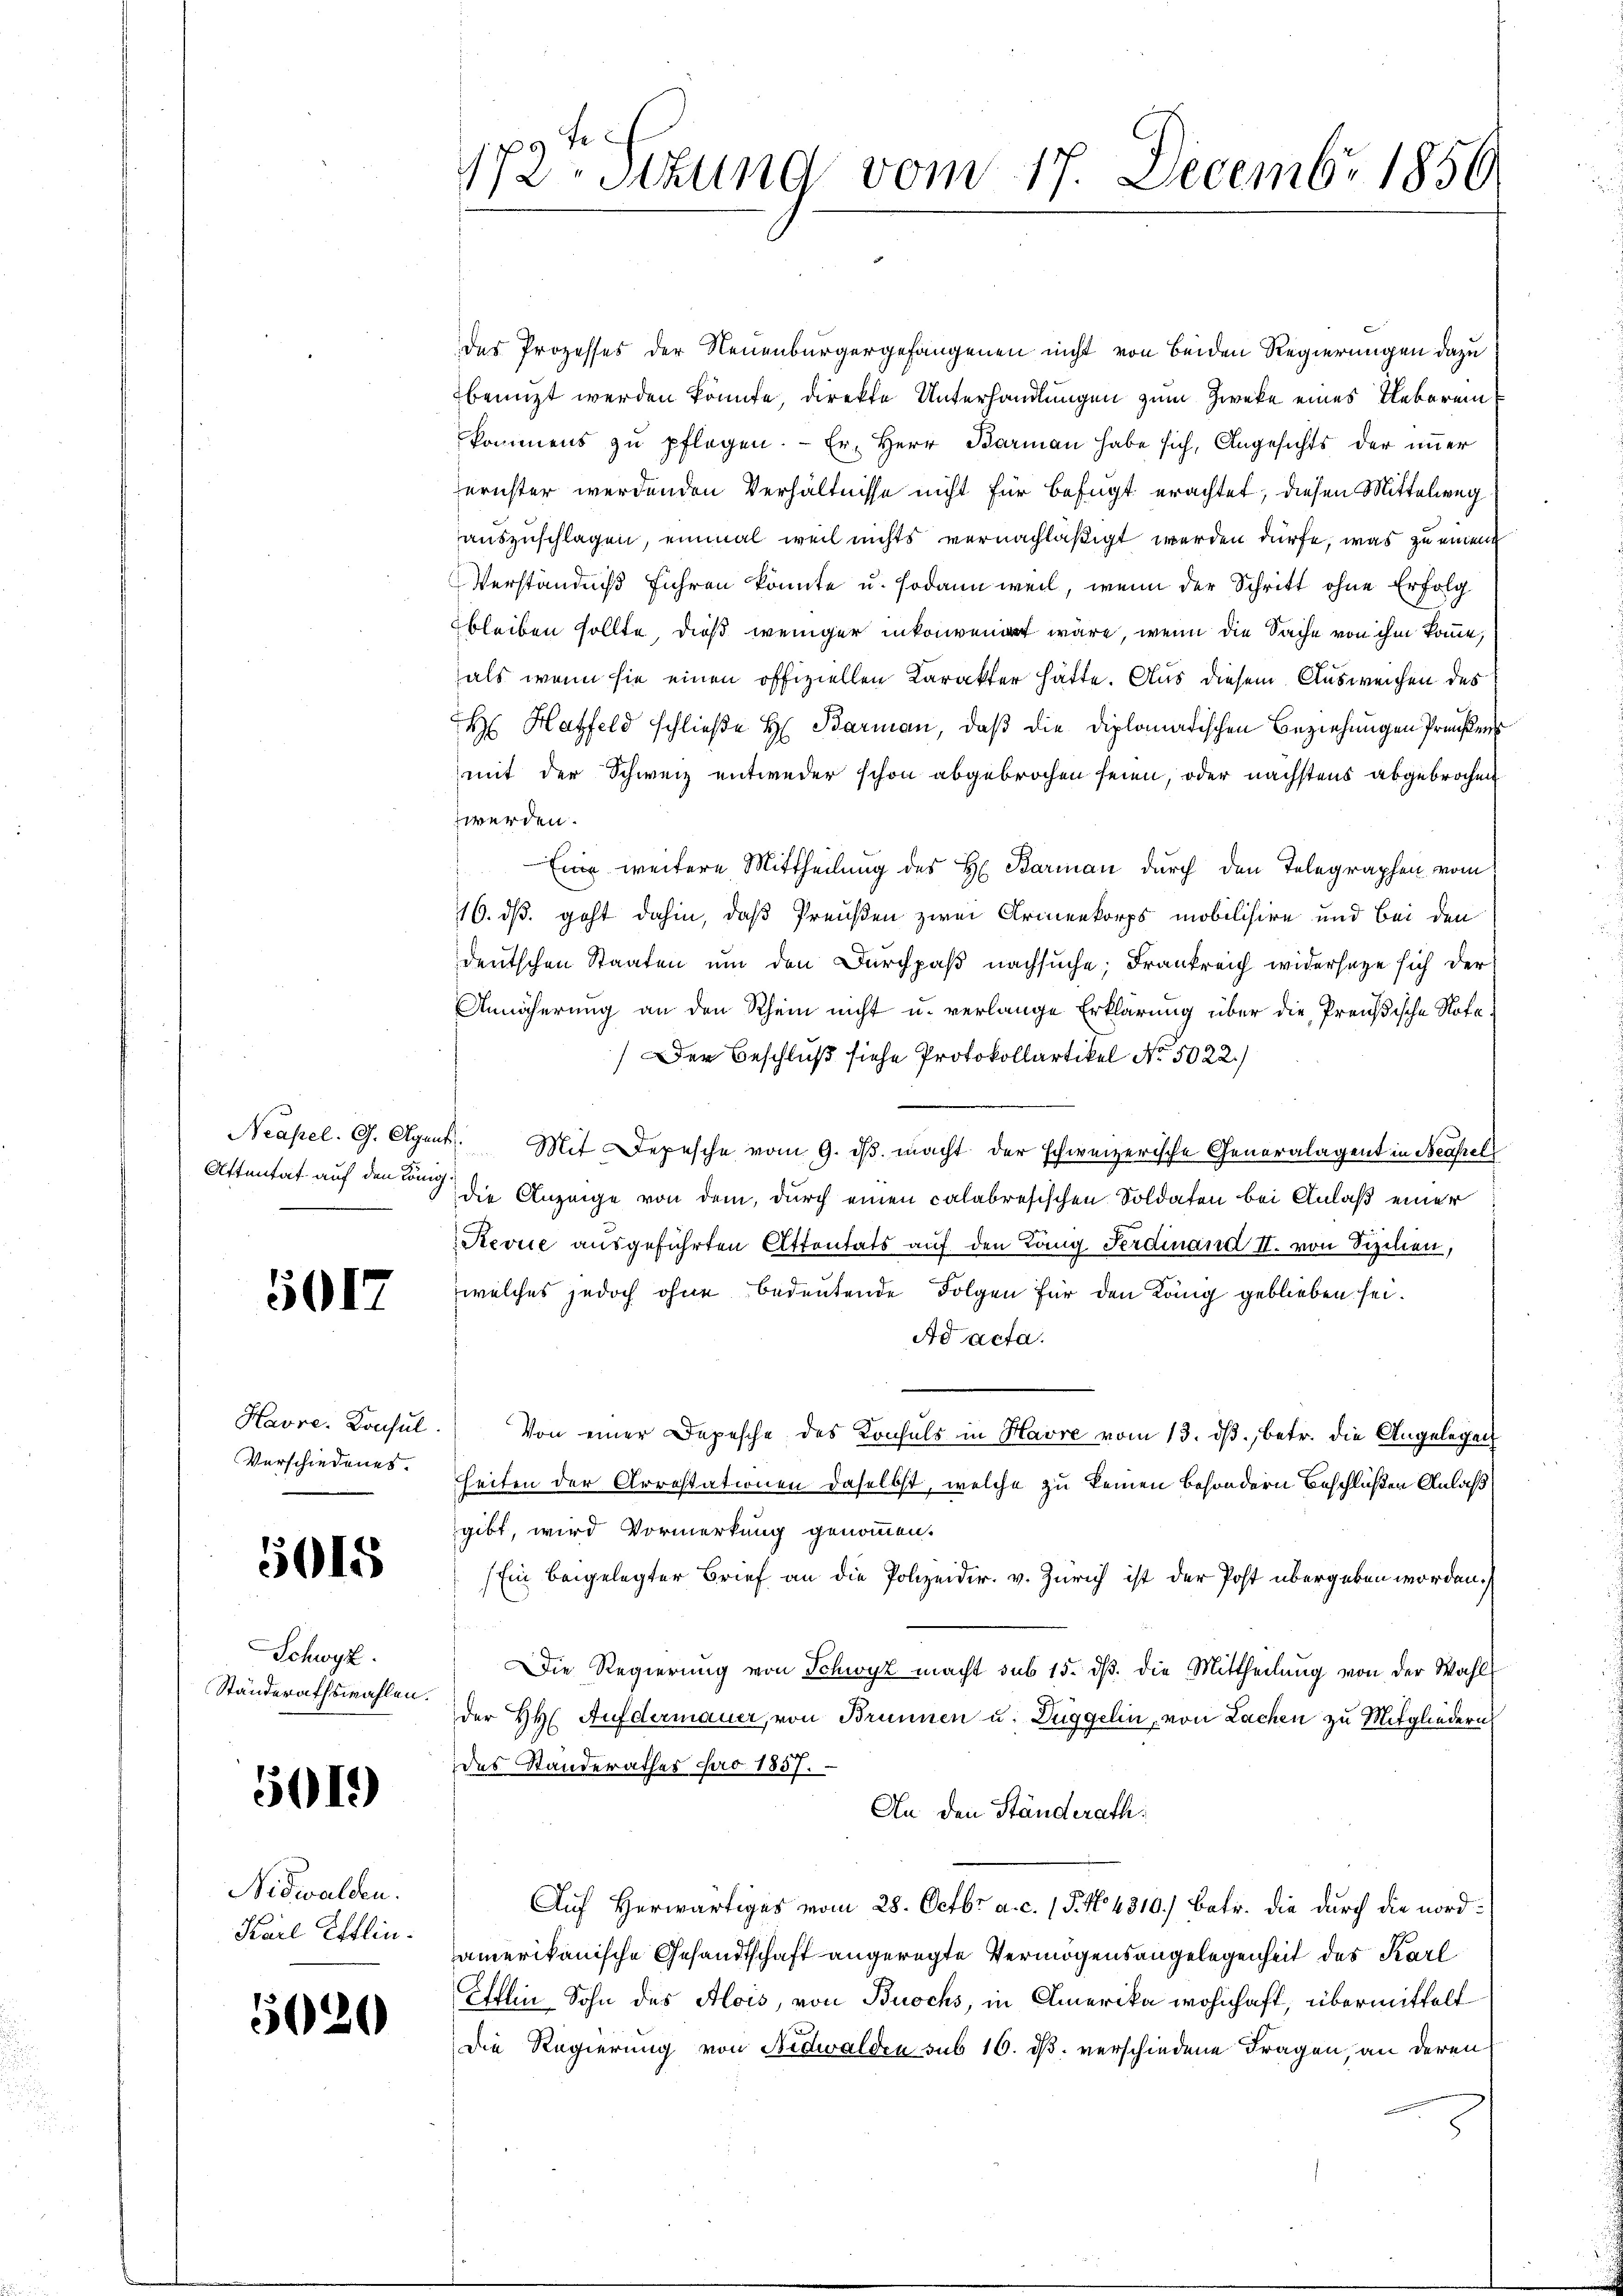
5017

Havre, Konsul

015

Schwyz.
Ständerathswahlen.

5019

Nidwalden.
Karl Efflin.

5020

fe
172. Sitzung vom 17. Decembr 1856

des Prozesses der Neuenburgergefangenen nicht von beiden Regierungen dazu
benützt werden könnte, direkte Unterhandlungen zum Zweke eines Ueberein
kommens zu pflegen. - Er. Herr Barman habe sich, Angesichts der immer
ernster werdenden Verhältnisse nicht für befugt erachtet, diesen Mittelweg
auszuschlagen, einmal weil nichts vernachläßigt werden dürfe, was zu einem
Verständniß führen könnte u. sodann weil, wenn der Schritt ohne Erfolg
bleiben sollte, dieß weniger inkonvenirt wäre, wenn die Sache von ihm komme,
als wenn sie einen offiziellen Karakter hätte. Aus diesem Ausweichen des
H Hatfeld schließe H. Barman, daß die Diplomatischen Beziehungen Preußen
mit der Schweiz entweder schon abgebrochen seien, oder nächstens abgebrochen
werden.
Eine weitere Mittheilung des H. Barman durch den Telegraphen vom
16. ds. geht dahin, daß Preußen zwei Armenkorps mobilisire und bei den
deutschen Staaten um den Durchpaß nachsuche; Frankreich widersage sich der
Annäherung an den Rhein nicht u. verlange Erklärung über die Preußische Note
Der Beschluß siehe Protokollartikel No 5022.)
Neapel. G. Agent. Mit Depesche vom 9. dβ macht der schweizerische Generalagent in Neapel
Attentat auf den an die Anzeige von dem, durch einen calabresischen Soldaten bei Anlaß einer
Revue ausgeführten Attontats auf den Lang Ferdinand II. von Sizilien,
welches jedoch ohne bedeutende Folgen für den König geblieben sei.
Ad acta.
Von einer Depesche des Konsuls in Havre vom 13. dβ. betr. die Angelegen
Verschiedenes. Seiten der Arrestationen daselbst, welche zu keinen besondern Beschlüßen Anlaß
gibt, wird Vormerkung genommen.
Ein beigelegter Brief an die Polizeidir. v. Zürich ist der Post übergeben worden.
Die Regierŭng von Schwyz macht sub 15. dβ. die Mittheilŭng von der Wahl
der HH. Aufdermauer, von Brunnen u. Düggelin, von Lachen zu Mitgliedern
des Standerathes pro 1857.
An den Ständerath.
Auf Herwärtiges vom 28. Octbr. a. c. 1 P. No 4810.) Betr. die durch die nordamerikanische Gesandtschaft angeregte Vermögensangelegenheit des Karl
Ehlin Sohn des Alois, von Buochs, in Amerika wohnhaft, übermittelt
Die Regierung von Nidwalden sub 16. ds. verschiedene Fragen, an deren